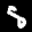
Label: 5